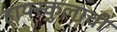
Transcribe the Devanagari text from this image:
हायस्कुलाची